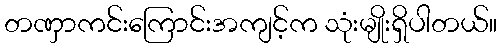
တဏှာကင်းကြောင်းအကျင့်က သုံးမျိုးရှိပါတယ်။